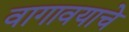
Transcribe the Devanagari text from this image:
वागावयाचे